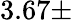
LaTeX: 3.67\pm